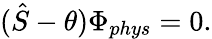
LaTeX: (\hat{S}-\theta)\Phi_{phys}=0.